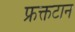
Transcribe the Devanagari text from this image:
फ्रक्तटान